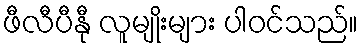
ဖီလီပီနီု လူမျိုးများ ပါဝင်သည်။